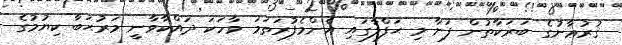
ޤުރުޢާނުގެ ބަރަކާތުން ފަށާ މި ޙަފްލާގައި އެންމެފުރަތަމަ ވާހަކަ ދައްކާވާނީ މަރުޙަބާ ކިޔުމުގެ